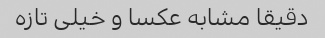
دقیقا مشابه عکسا و خیلی تازه